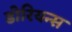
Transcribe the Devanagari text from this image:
डोरियन्स